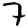
Digit: 7